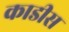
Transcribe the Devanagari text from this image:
काडीस